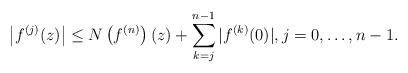
\begin{align*}\left|f^{(j)}(z)\right|\le N\left(f^{(n)}\right)(z)+\sum_{k=j}^{n-1}|f^{(k)}(0)|,j=0,\ldots, n-1.\end{align*}